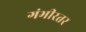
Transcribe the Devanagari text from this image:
गंभीरतर